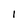
Character: 1